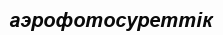
аэрофотосуреттік